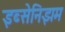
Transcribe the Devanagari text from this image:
इब्सेनिझम